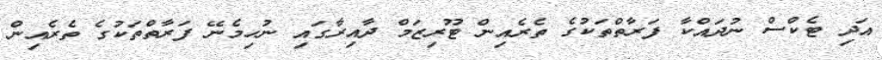
އަދި ޓެކްސް ނުދައްކާ ފަރާތްތަކުގެ ތެރެއިން ޓޫރިޒަމް ދާއިރާގައި ނުހިމެނޭ ފަރާތްތަކުގެ ތެރެއިން